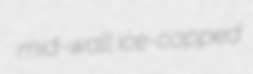
mid-wall ice-capped